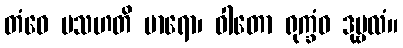
တံဝေ ပသဟတိ မာရော၊ ဝါတော ရုက္ခံဝ ဒုဗ္ဗလံ။